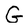
Character: G